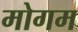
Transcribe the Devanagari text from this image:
मोगम